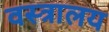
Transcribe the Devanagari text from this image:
वस्त्रालय